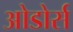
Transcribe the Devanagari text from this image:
ओडोर्स